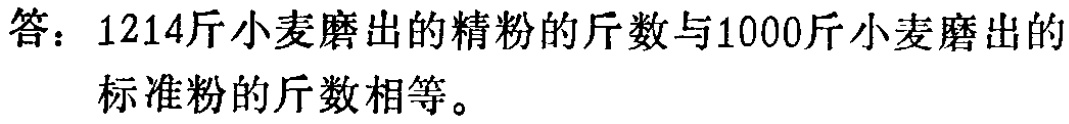
答：1214斤小麦磨出的精粉的斤数与1000斤小麦磨出的标准粉的斤数相等。